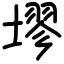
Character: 𪤗